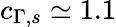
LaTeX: c_{\Gamma,s}\simeq 1.1